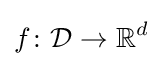
f\colon {\mathcal {D}}\to \mathbb {R} ^{d}